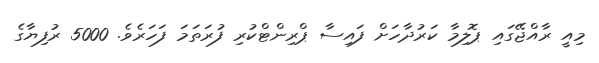
މިއީ ރާއްޖޭގައި ޕޮލިމާ ކަރުދާހަށް ފައިސާ ޕްރިންޓްކުރި ފުރަތަމަ ފަހަރެވެ. 5000 ރުފިޔާގެ